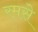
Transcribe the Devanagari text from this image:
रमसे